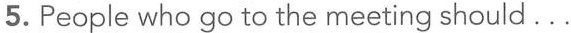
5.People who go to the meeting should…